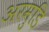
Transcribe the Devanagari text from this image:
अरमुडि